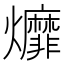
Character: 𤓒